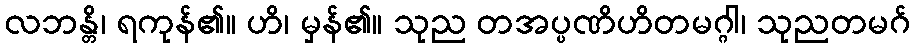
လဘန္တိ၊ ရကုန်၏။ ဟိ၊ မှန်၏။ သုည တအပ္ပဏိဟိတမဂ္ဂါ၊ သုညတမဂ်